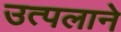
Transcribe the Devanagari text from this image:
उत्पलाने